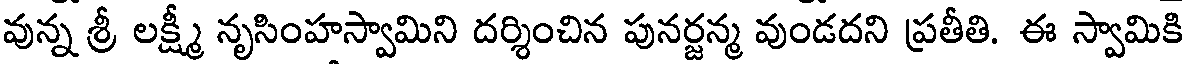
వున్న శ్రీ లక్ష్మీ నృసింహస్వామిని దర్శించిన పునర్జన్మ వుండదని ప్రతీతి. ఈ స్వామికి